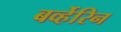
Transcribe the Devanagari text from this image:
बर्व्हेरिन